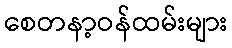
စေတနာ့ဝန်ထမ်းများ